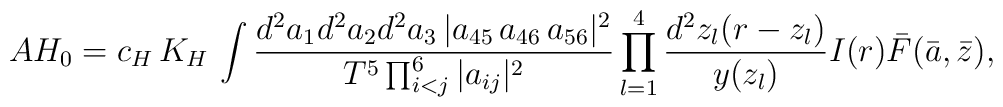
AH_0  =  c_H\, K_H \,  \int { d^2 a_1 d^2 a_2 d^2 a_3 \,|a_{45}\,a_{46}\,a_{56}|^2 \over T^5 \prod_{i<j}^6 |a_{ij}|^2 } \prod_{l=1}^4 {d^2 z_l (r-z_l)\over  y(z_l) }  I(r) \bar{F}(\bar{a}, \bar{z}),